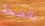
بالصحة